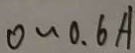
0 \sim 0 . 6 A